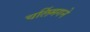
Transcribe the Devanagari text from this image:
चर्लिमगने